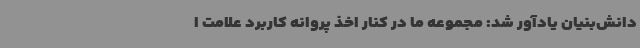
دانش‌بنیان یادآور شد: مجموعه ما در کنار اخذ پروانه کاربرد علامت ا